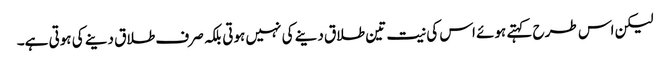
لیکن اس طرح کہتے ہوئے اس کی نیت تین طلاق دینے کی نہیں ہوتی بلکہ صرف طلاق دینے کی ہوتی ہے۔